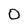
Character: 0